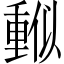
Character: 𠏳